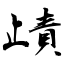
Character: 歵